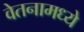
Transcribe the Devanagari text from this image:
वेतनामध्ये